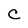
Character: C